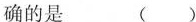
确的是 ()